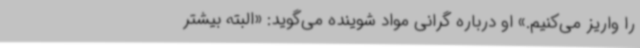
را واریز می‌کنیم.» او درباره گرانی مواد شوینده می‌گوید: «البته بیشتر